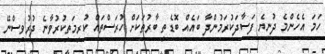
ހަމަ އެހެންމެ ދުނިޔެ ފަސާދަކުރަމުންދާ ބައެއް ބޮޑެތި ބާރުތަކަށް ހުރަސްތައް ކުރިމަތިކުރުވާނެ ދުރުވިސްނޭ